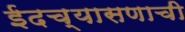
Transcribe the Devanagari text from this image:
ईदच्यासणाची